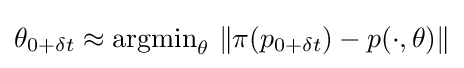
\theta _{0+\delta t}\approx {\mbox{argmin}}_{\theta }\ \|\pi (p_{0+\delta t})-p(\cdot ,\theta )\|